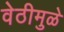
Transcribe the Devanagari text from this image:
वेठीमुळे